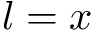
l = x